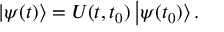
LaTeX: \left| \psi ( t ) \right> = { \cal { U } } ( t , t _ { 0 } ) \left| \psi ( t _ { 0 } ) \right> .